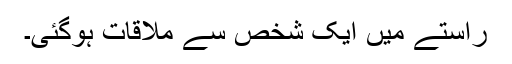
راستے میں ایک شخص سے ملاقات ہوگئی۔